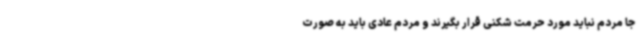
جا مردم نباید مورد حرمت شکنی قرار بگیرند و مردم عادی باید به صورت